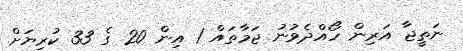
ނަތީޖާ އަރިން ހޯއްދެވުނު ޖަމާތައް 1 އިން 20 ގެ 33 ކުރިޔަށް